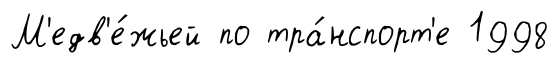
М'едв'е́жьей по тра́нспорт'е 1998